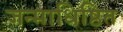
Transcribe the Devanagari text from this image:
जन्माधिष्ठित